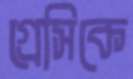
গ্রেসিকে